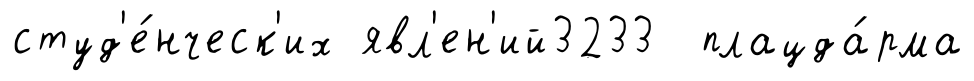
студ'е́нческ'их явл'ен'ий3233 плацда́рма